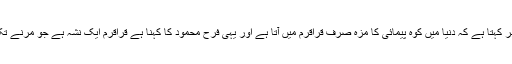
دنیا کا ہر بڑا کلائمبر کہتا ہے کہ دنیا میں کوہ پیمائی کا مزہ صرف قراقرم میں آتا ہے اور یہی فرح محمود کا کہنا ہے قراقرم ایک نشہ ہے جو مرنے تک جان نہیں چھوڑتا۔